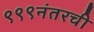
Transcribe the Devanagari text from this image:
९९९नंतरची